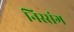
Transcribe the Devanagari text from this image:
निस्संग